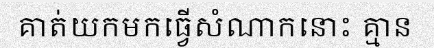
គាត់យកមកធ្វើសំណាកនោះ គ្មាន